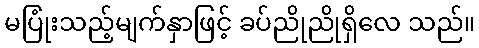
မပြုံးသည့်မျက်နှာဖြင့် ခပ်ညိုညိုရှိလေ သည်။